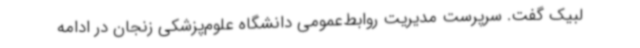
لبیک گفت. سرپرست مدیریت روابط‌عمومی دانشگاه علوم‌پزشکی زنجان در ادامه